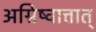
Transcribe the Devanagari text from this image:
अग्निष्वात्तात्